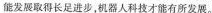
能发展取得长足进步，机器人科技才能有所发展。